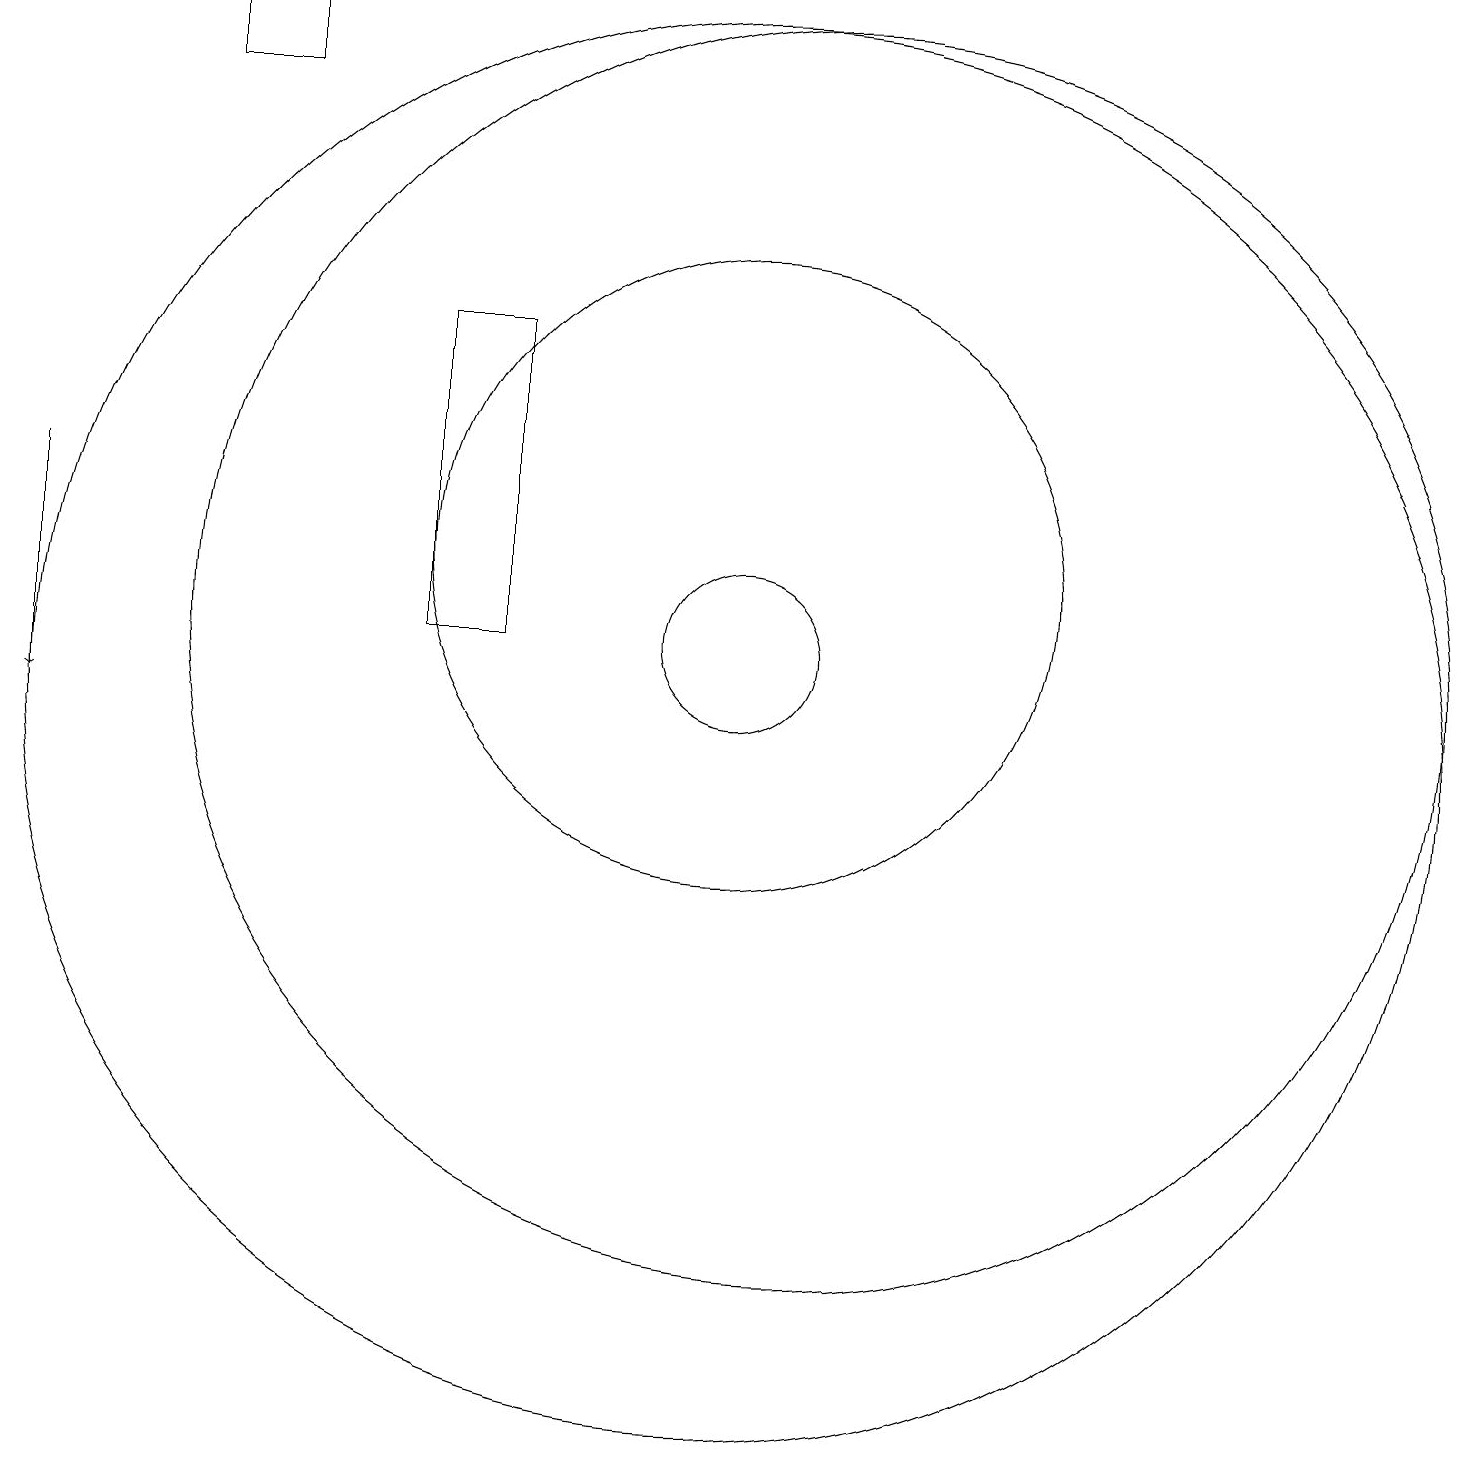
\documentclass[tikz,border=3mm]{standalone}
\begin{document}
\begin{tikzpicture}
\draw (11,10) circle (9);
\draw (4,18) rectangle (5,19);
\draw (12,11) circle (8);
\draw (11,11) circle (1);
\draw[->] (2,13) -- (2,10);
\draw (11,12) circle (4);
\draw (7,11) rectangle (8,15);
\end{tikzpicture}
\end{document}